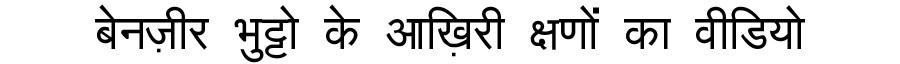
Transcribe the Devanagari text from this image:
बेनज़ीर भुट्टो के आख़िरी क्षणों का वीडियो